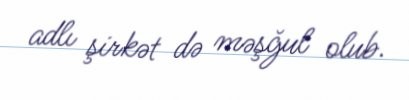
adlı şirkət də məşğul olub.